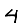
Digit: 4